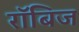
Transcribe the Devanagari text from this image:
रॉबिज